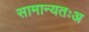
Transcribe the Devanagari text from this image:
सामान्यतःअ